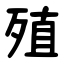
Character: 殖